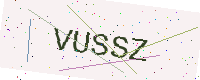
Text: VUSSZ